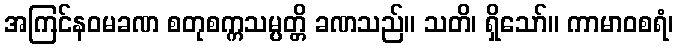
အကြင်နဝမခဏ စတုစက္ကသမ္ပတ္တိ ခဏသည်။ သတိ၊ ရှိသော်။ ကာမာဝစရံ၊